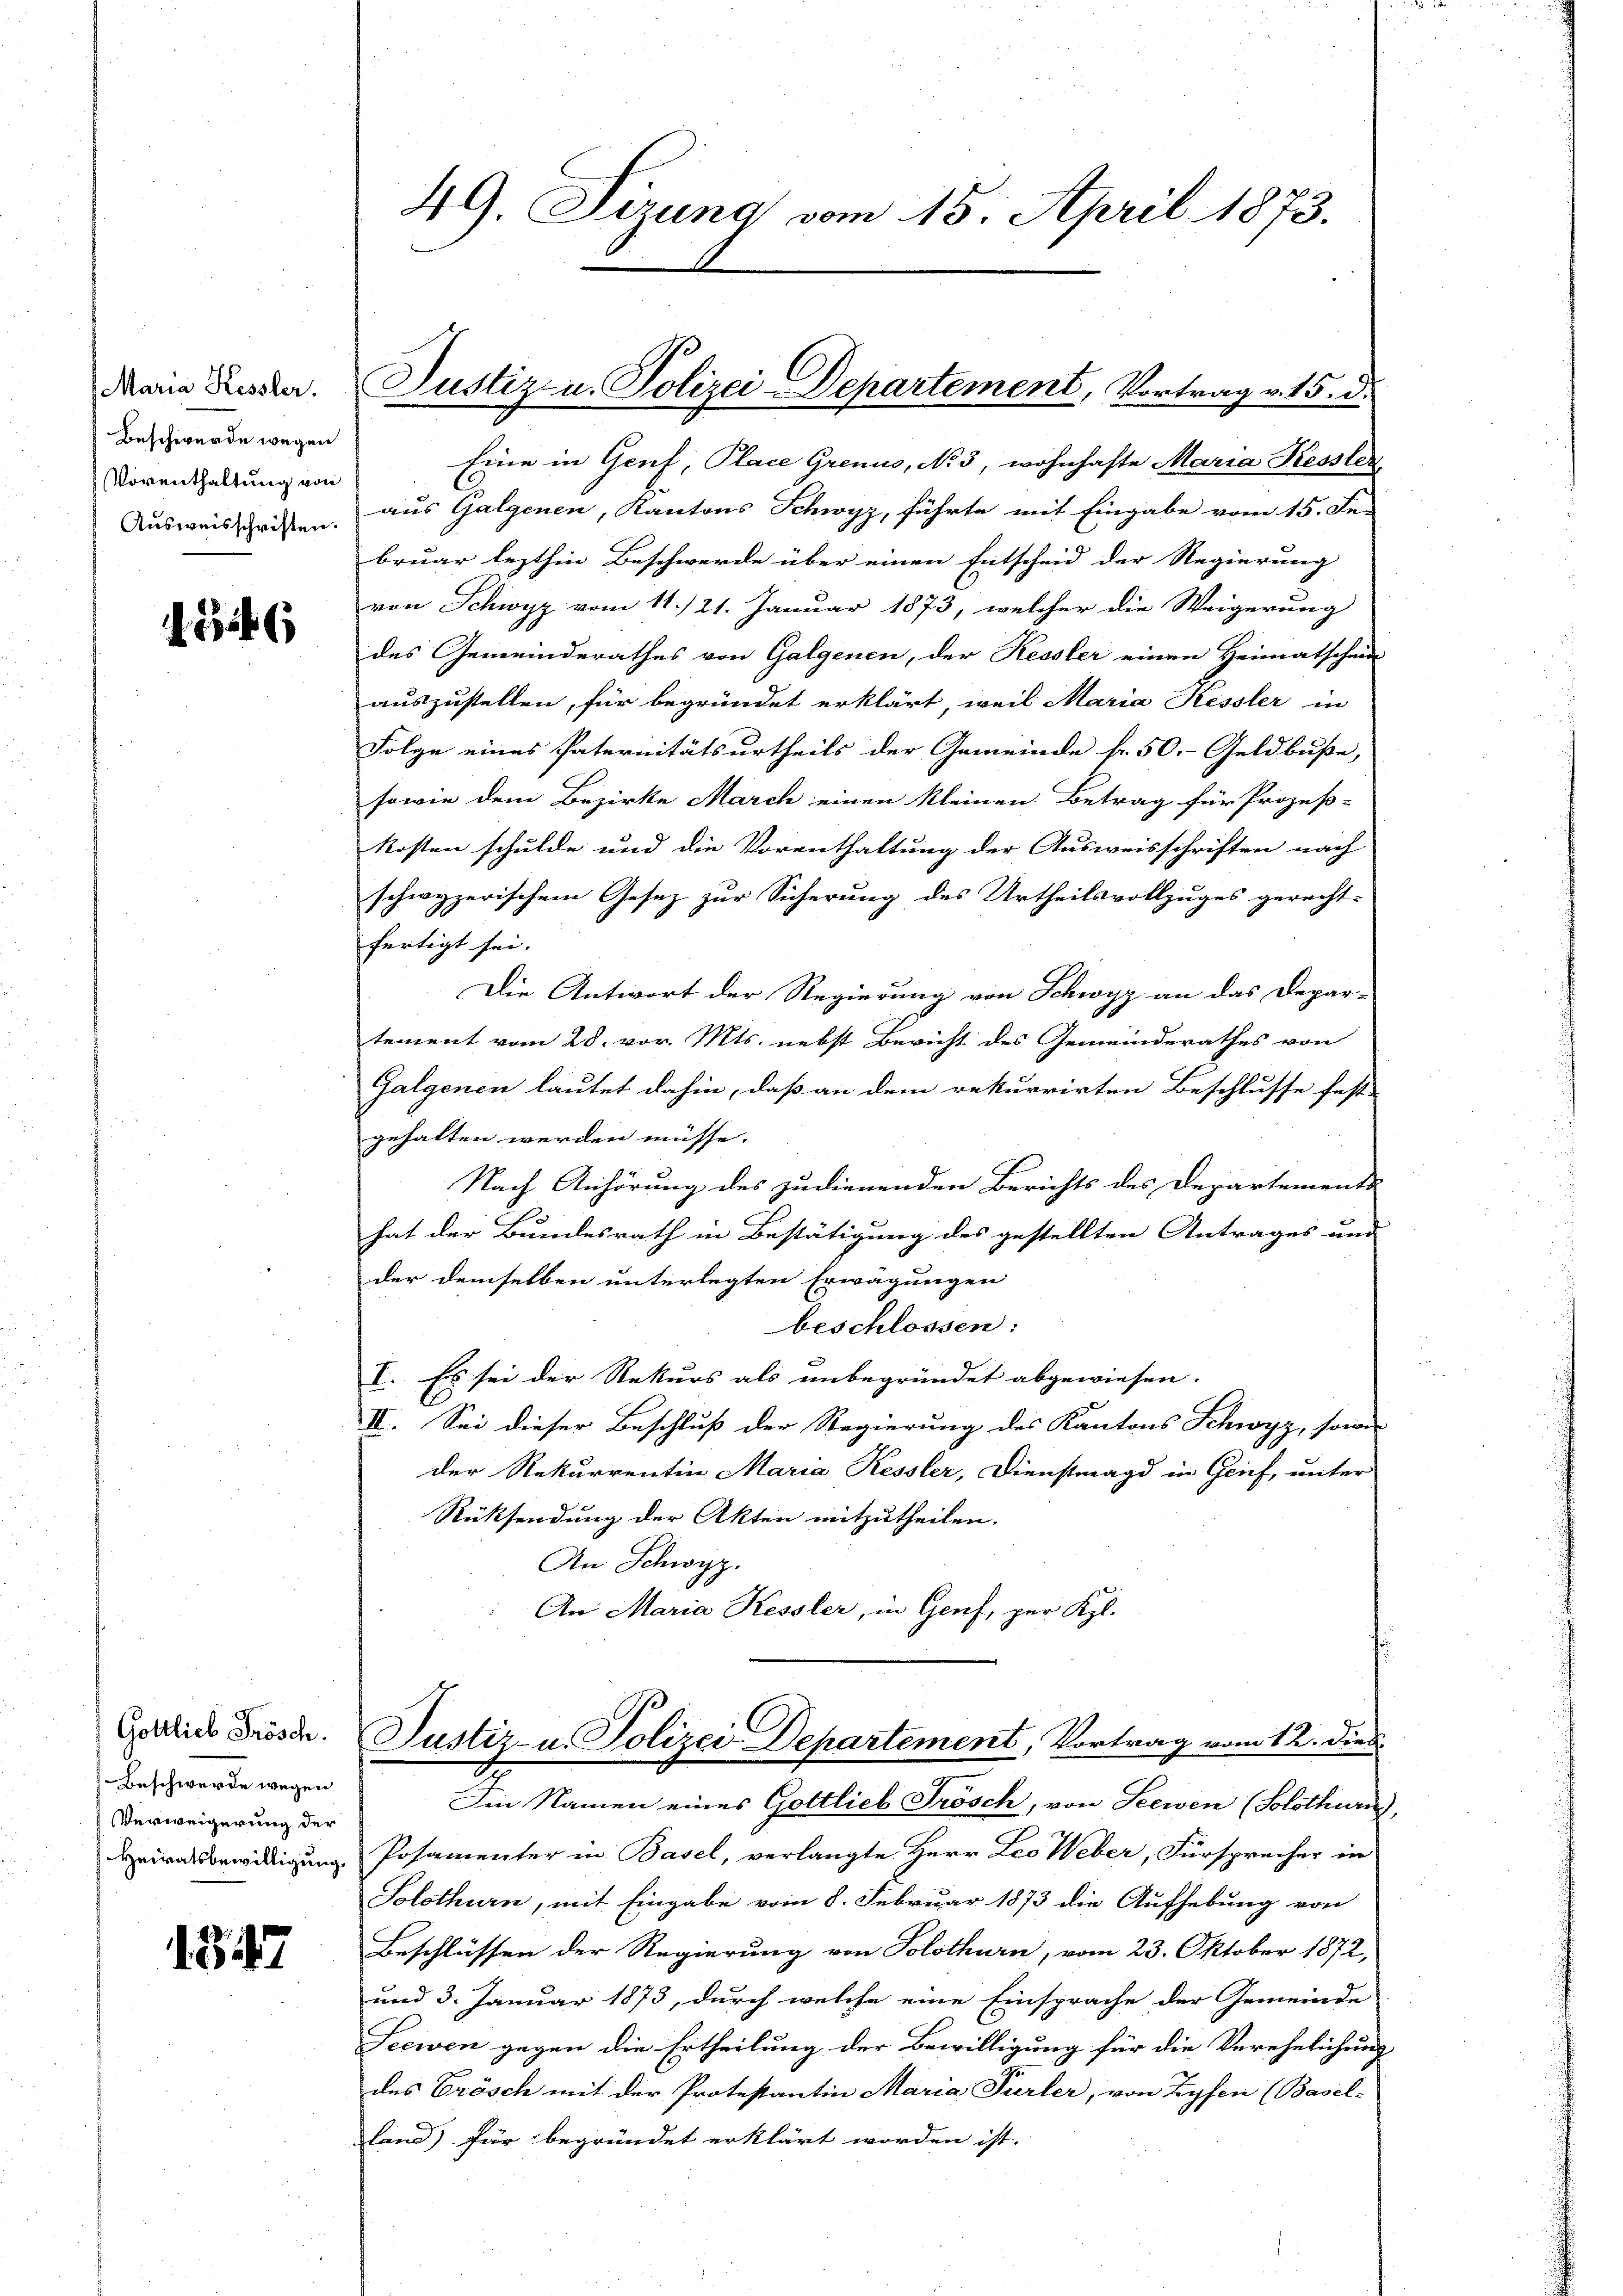
Maria Kessler.
Beschwerde wegen
Vorenthaltung von
Ausweisschriften.

156

Gottlich Frösch.
Beschwerde wegen
Verweigerung der

187

49. Sizung vom 15. April 1873.

Eine in Genf, Place Grenis, No 3, wohnhafte Maria Kessler
aus Galgenen, Kantons Schwyz, führte mit Eingabe vom 15. Fe
bruar lezthin Beschwerde über einen Entscheid der Regierung
von Schwyz vom 11./21. Januar 1873, welcher die Weigerung
des Gemeinderathes von Galgenen, der Kessler einen Heimatscheid
auszustellen, für begründet erklärt, weil Maria Kessler in
Folge eines Paternitätsurtheils der Gemeinde fr. 50.- Geldbuße,
sowie dem Bezirke March einen kleinen Betrag für Prozeß-
kosten schulde und die Vorenthaltung der Ausweisschriften nach
schwyzerischem Gesez zur Sicherung des Urtheilsvollzuges gerecht-
fertigt sei.
Die Antwort der Regierung von Schwyz an das Depar-
tement vom 28. vor. Mts. nebst Bericht des Gemeinderathes von
Galgenen lautet dahin, daß an dem rekurrirten Beschlusse fest-
gehalten werden müsse. |
Nach Anhörung des zudienenden Berichts des Departements
hat der Bundesrath in Bestätigung des gestellten Antrages und
der demselben unterlegten Erwägungen
beschlossen:
I. Es sei der Rekurs als unbegründet abgewiesen.
II. Sei dieser Beschluß der Regierung des Kantons Schwyz, sowe
der Rekurrentin Maria Kessler, Dienstmagd in Grief, unter
Rücksendung der Akten mitzutheilen.
An Schwyz.
An Maria Kessler, in Genf, per Kgl.

Justiz- u. Polizei Departement, Vortrag v. 15. d.

Heiratsbewilligung. Posamenter in Basel, verlangte Herr Leo Weber, Fürsprecher in
Solothurn, mit Eingabe vom 8. Februar 1873 die Aufhebung von
Beschlüssen der Regierung von Solothurn, vom 23. Oktober 1872,
und 3. Januar 1873, durch welche eine Einsprache der Gemeinde
Seewen gegen die Ertheilung der Bewilligung für die Verehelichung
des Prösch mit der Protestantin Maria Fürler, von Zyfen (Basel-
land) für begründet erklärt worden ist.

Justiz- u. Polizei-Departement, Vortrag vom 12. dies
Ien Namen eines Gottlieb Trösch, von Seewen (Solothurn,